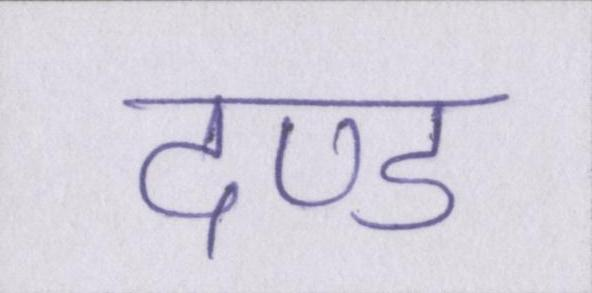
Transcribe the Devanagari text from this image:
दण्ड